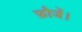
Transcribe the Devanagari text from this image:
फ़ौजें।